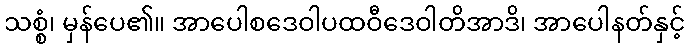
သစ္စံ၊ မှန်ပေ၏။ အာပေါစဒေဝါပထဝီဒေဝါတိအာဒိ၊ အာပေါနတ်နှင့်